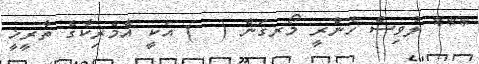
*** ލުވިސް ހެންރީ މޯރގަން (  ) އަކީ އެމެރިކާގެ ތާރީޚީ